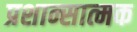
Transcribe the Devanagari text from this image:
प्रशान्सात्मक